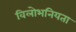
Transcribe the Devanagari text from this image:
विलोभनियता